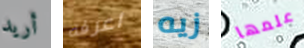
أريد اعرفه زيه علمها